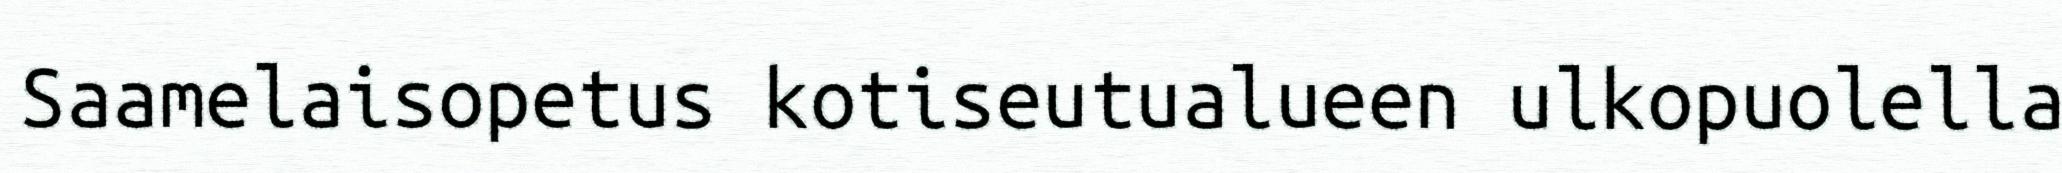
Saamelaisopetus kotiseutualueen ulkopuolella